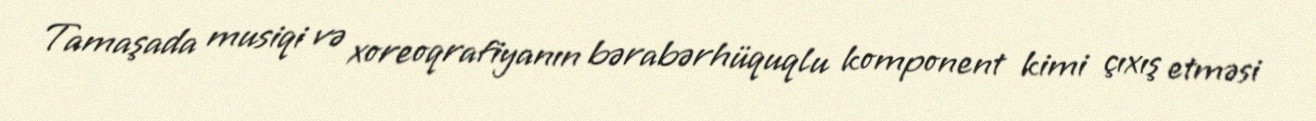
Tamaşada musiqi və xoreoqrafiyanın bərabərhüquqlu komponent kimi çıxış etməsi